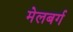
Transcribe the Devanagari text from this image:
मेलबर्ग